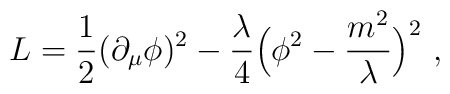
L= {1\over 2} (\partial _\mu \phi )^2 - {\lambda\over 4} \Bigl(\phi^2  - {m^2\over \lambda} \Bigr)^2  \ ,